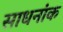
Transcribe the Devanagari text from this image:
साधनांक